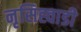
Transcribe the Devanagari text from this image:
नृसिह्वाडी